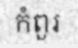
កំពួរ